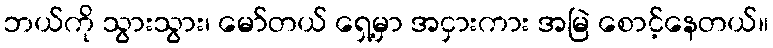
ဘယ်ကို သွားသွား၊ မော်တယ် ရှေ့မှာ အငှားကား အမြဲ စောင့်နေတယ်။